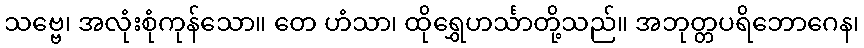
သဗ္ဗေ၊ အလုံးစုံကုန်သော။ တေ ဟံသာ၊ ထိုရွှေဟင်္သာတို့သည်။ အဘုတ္တပရိဘောဂေန၊